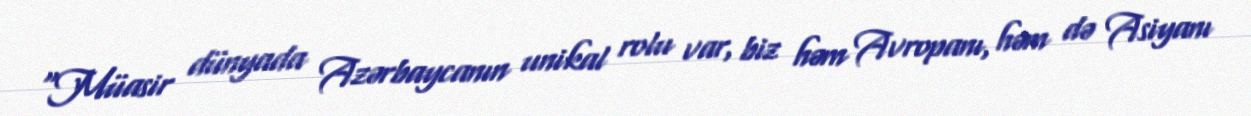
“Müasir dünyada Azərbaycanın unikal rolu var, biz həm Avropanı, həm də Asiyanı